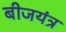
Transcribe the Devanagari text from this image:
बीजयंत्र